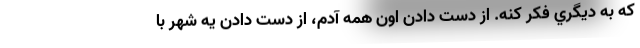
كه به ديگري فكر كنه. از دست دادن اون همه آدم، از دست دادن يه شهر با